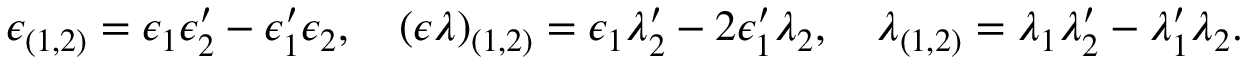
\epsilon _ { ( 1 , 2 ) } = \epsilon _ { 1 } \epsilon _ { 2 } ^ { \prime } - \epsilon _ { 1 } ^ { \prime } \epsilon _ { 2 } , \quad ( \epsilon \lambda ) _ { ( 1 , 2 ) } = \epsilon _ { 1 } \lambda _ { 2 } ^ { \prime } - 2 \epsilon _ { 1 } ^ { \prime } \lambda _ { 2 } , \quad \lambda _ { ( 1 , 2 ) } = \lambda _ { 1 } \lambda _ { 2 } ^ { \prime } - \lambda _ { 1 } ^ { \prime } \lambda _ { 2 } .